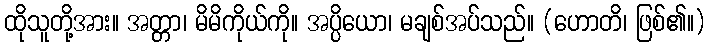
ထိုသူတို့အား။ အတ္တာ၊ မိမိကိုယ်ကို။ အပ္ပိယော၊ မချစ်အပ်သည်။ (ဟောတိ၊ ဖြစ်၏။)